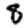
Digit: 8